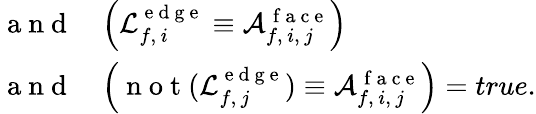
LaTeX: \begin{array}{rl}{\mathrm{~a~n~d~}}&{\left(\mathcal{L}_{f,\, i}^{\mathrm{~e~d~g~e~}}\equiv\mathcal{A}_{f,\, i,\, j}^{\mathrm{~f~a~c~e~}}\right)}\\ {\mathrm{~a~n~d~}}&{\left(\mathrm{~n~o~t~}(\mathcal{L}_{f,\, j}^{\mathrm{~e~d~g~e~}})\equiv\mathcal{A}_{f,\, i,\, j}^{\mathrm{~f~a~c~e~}}\right)=true.}\end{array}